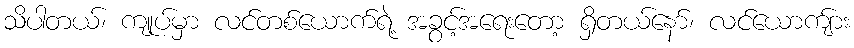
သိပါတယ်၊ ကျုပ်မှာ လင်တစ်ယောက်ရဲ့ အခွင့်အရေးတော့ ရှိတယ်နော်၊ လင်ယောကျ်ား